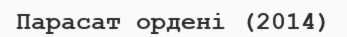
Парасат ордені (2014)